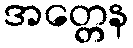
အတ္တေန